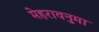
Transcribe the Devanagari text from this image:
मेहरावनुमा